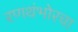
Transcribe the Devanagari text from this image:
रणथंभोरचा